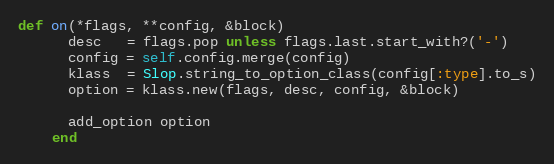
Language: Ruby
def on(*flags, **config, &block)
      desc   = flags.pop unless flags.last.start_with?('-')
      config = self.config.merge(config)
      klass  = Slop.string_to_option_class(config[:type].to_s)
      option = klass.new(flags, desc, config, &block)

      add_option option
    end